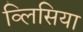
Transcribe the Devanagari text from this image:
व्लिसिया